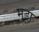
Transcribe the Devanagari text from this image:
मूड़ा